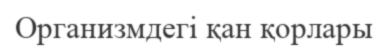
Организмдегі қан қорлары